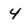
Character: 4